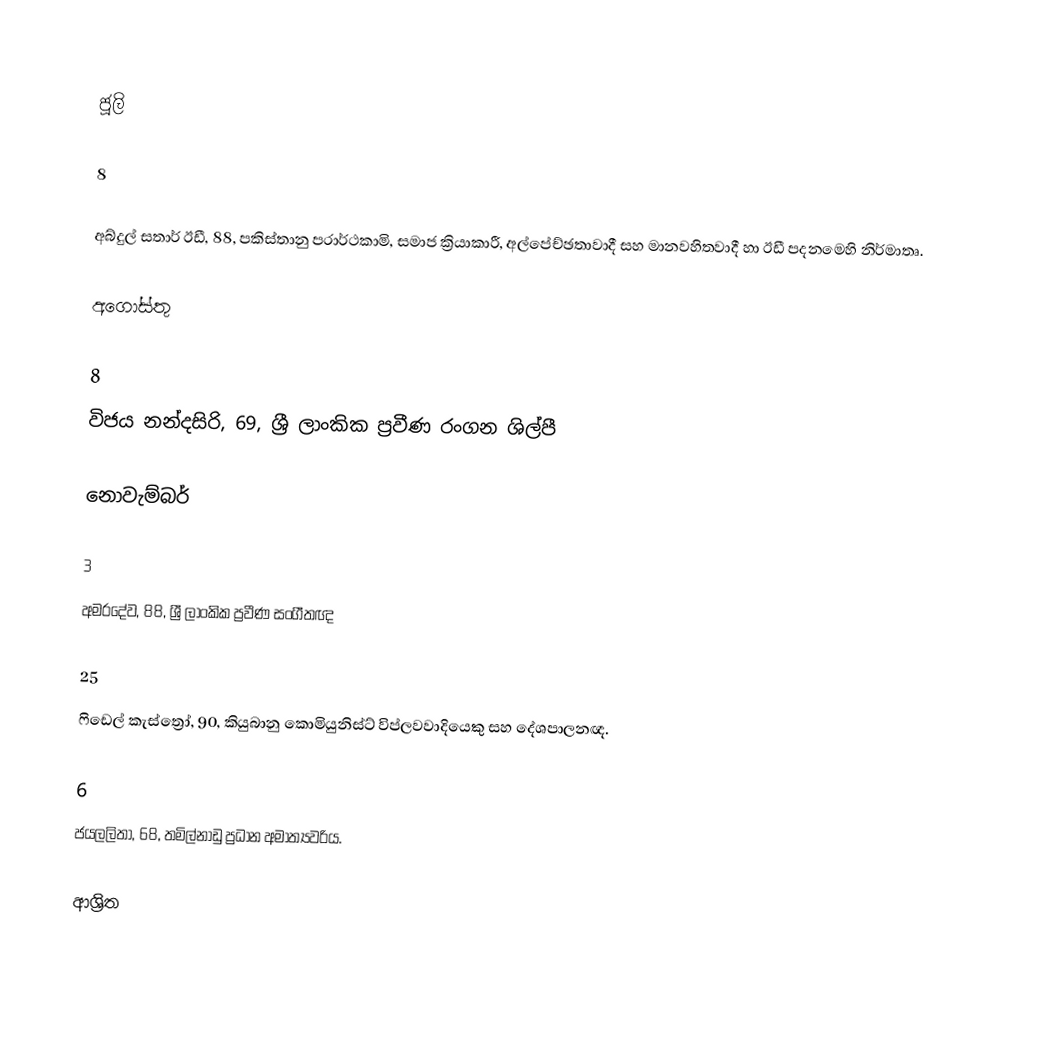

ජූලි

8

අබ්දුල් සතාර් ඊඩී, 88, පකිස්තානු පරාර්ථකාමි, සමාජ ක්‍රියාකාරී, අල්පේච්ඡතාවාදී සහ මානවහිතවාදී  හා  ඊඩී පදනමෙහි නිර්මාතෘ.

අගෝස්තු

8
විජය නන්දසිරි, 69, ශ්‍රී ලාංකික ප්‍රවීණ රංගන ශිල්පී

නොවැම්බර්

3
අමරදේව, 88, ශ්‍රී ලාංකික ප්‍රවීණ සංගීතඥ

25
ෆිඩෙල් කැස්ත්‍රෝ, 90, කියුබානු කොමියුනිස්ට් විප්ලවවාදියෙකු සහ දේශපාලනඥ.

6
ජයලලිතා, 68, තමිල්නාඩු ප්‍රධාන අමාත්‍යවරිය.

ආශ්‍රිත